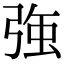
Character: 𭚸